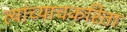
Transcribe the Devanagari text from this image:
त्यांच्याचकरिता